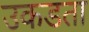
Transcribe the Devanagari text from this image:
उकडता